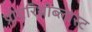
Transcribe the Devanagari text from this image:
प्रोएरिथ्रोब्लास्ट